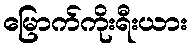
မြောက်ကိုးရီးယား